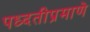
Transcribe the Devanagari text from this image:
पध्दतीप्रमाणे